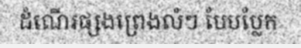
ដំណើរផ្សងព្រេងលំៗ បែបប្លែក